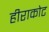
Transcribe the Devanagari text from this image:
हीराकोट